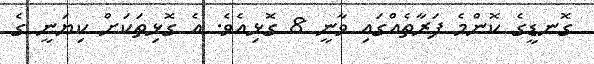
ގޮނޑީގެ ކޮންމެ ފަރާތެއްގައި ވާނީ 8 ގޮޅިއެވެ. އެ ގޮޅިތަކަށް ކިޔަނީ ގެ